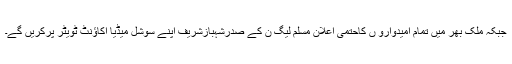
جبکہ ملک بھر میں تمام امیدوارو ں کاحتمی اعلان مسلم لیگ ن کے صدرشہبازشریف اپنے سوشل میڈیا اکاؤنٹ ٹویٹر پرکریں گے۔